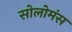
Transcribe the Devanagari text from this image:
सोलोमंस